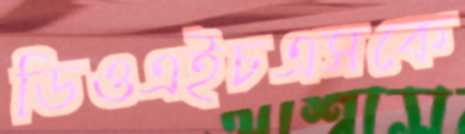
ডিওএইচএসকে